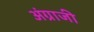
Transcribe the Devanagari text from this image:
अंग्राजी